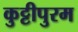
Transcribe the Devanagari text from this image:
कुट्टीपुरम